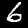
Label: 6